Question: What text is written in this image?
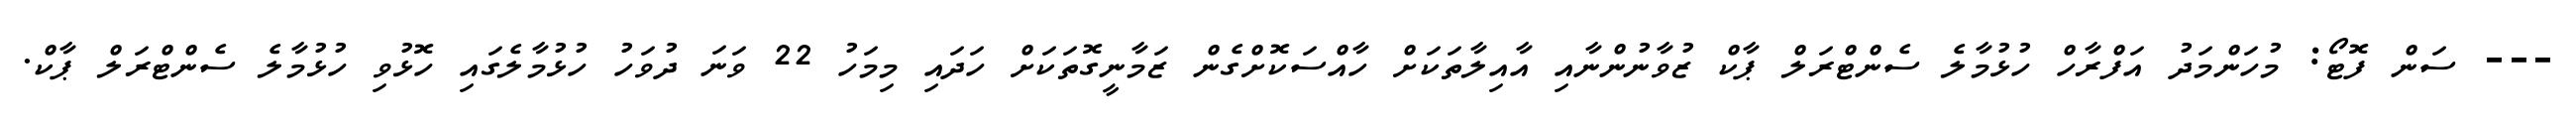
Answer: --- ސަން ފޮޓޯ: މުހަންމަދު އަފްރާހް ހުޅުމާލެ ސެންޓްރަލް ޕާކް ޒުވާނުންނާއި އާއިލާތަކަށް ހާއްސަކޮށްގެން ޒަމާނީގޮތަކަށް ހަދައި މިމަހު 22 ވަނަ ދުވަހު ހުޅުމާލެގައި ހޮޅުވި ހުޅުމާލެ ސެންޓްރަލް ޕާކް.